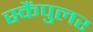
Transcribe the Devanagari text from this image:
स्कैंपुलर